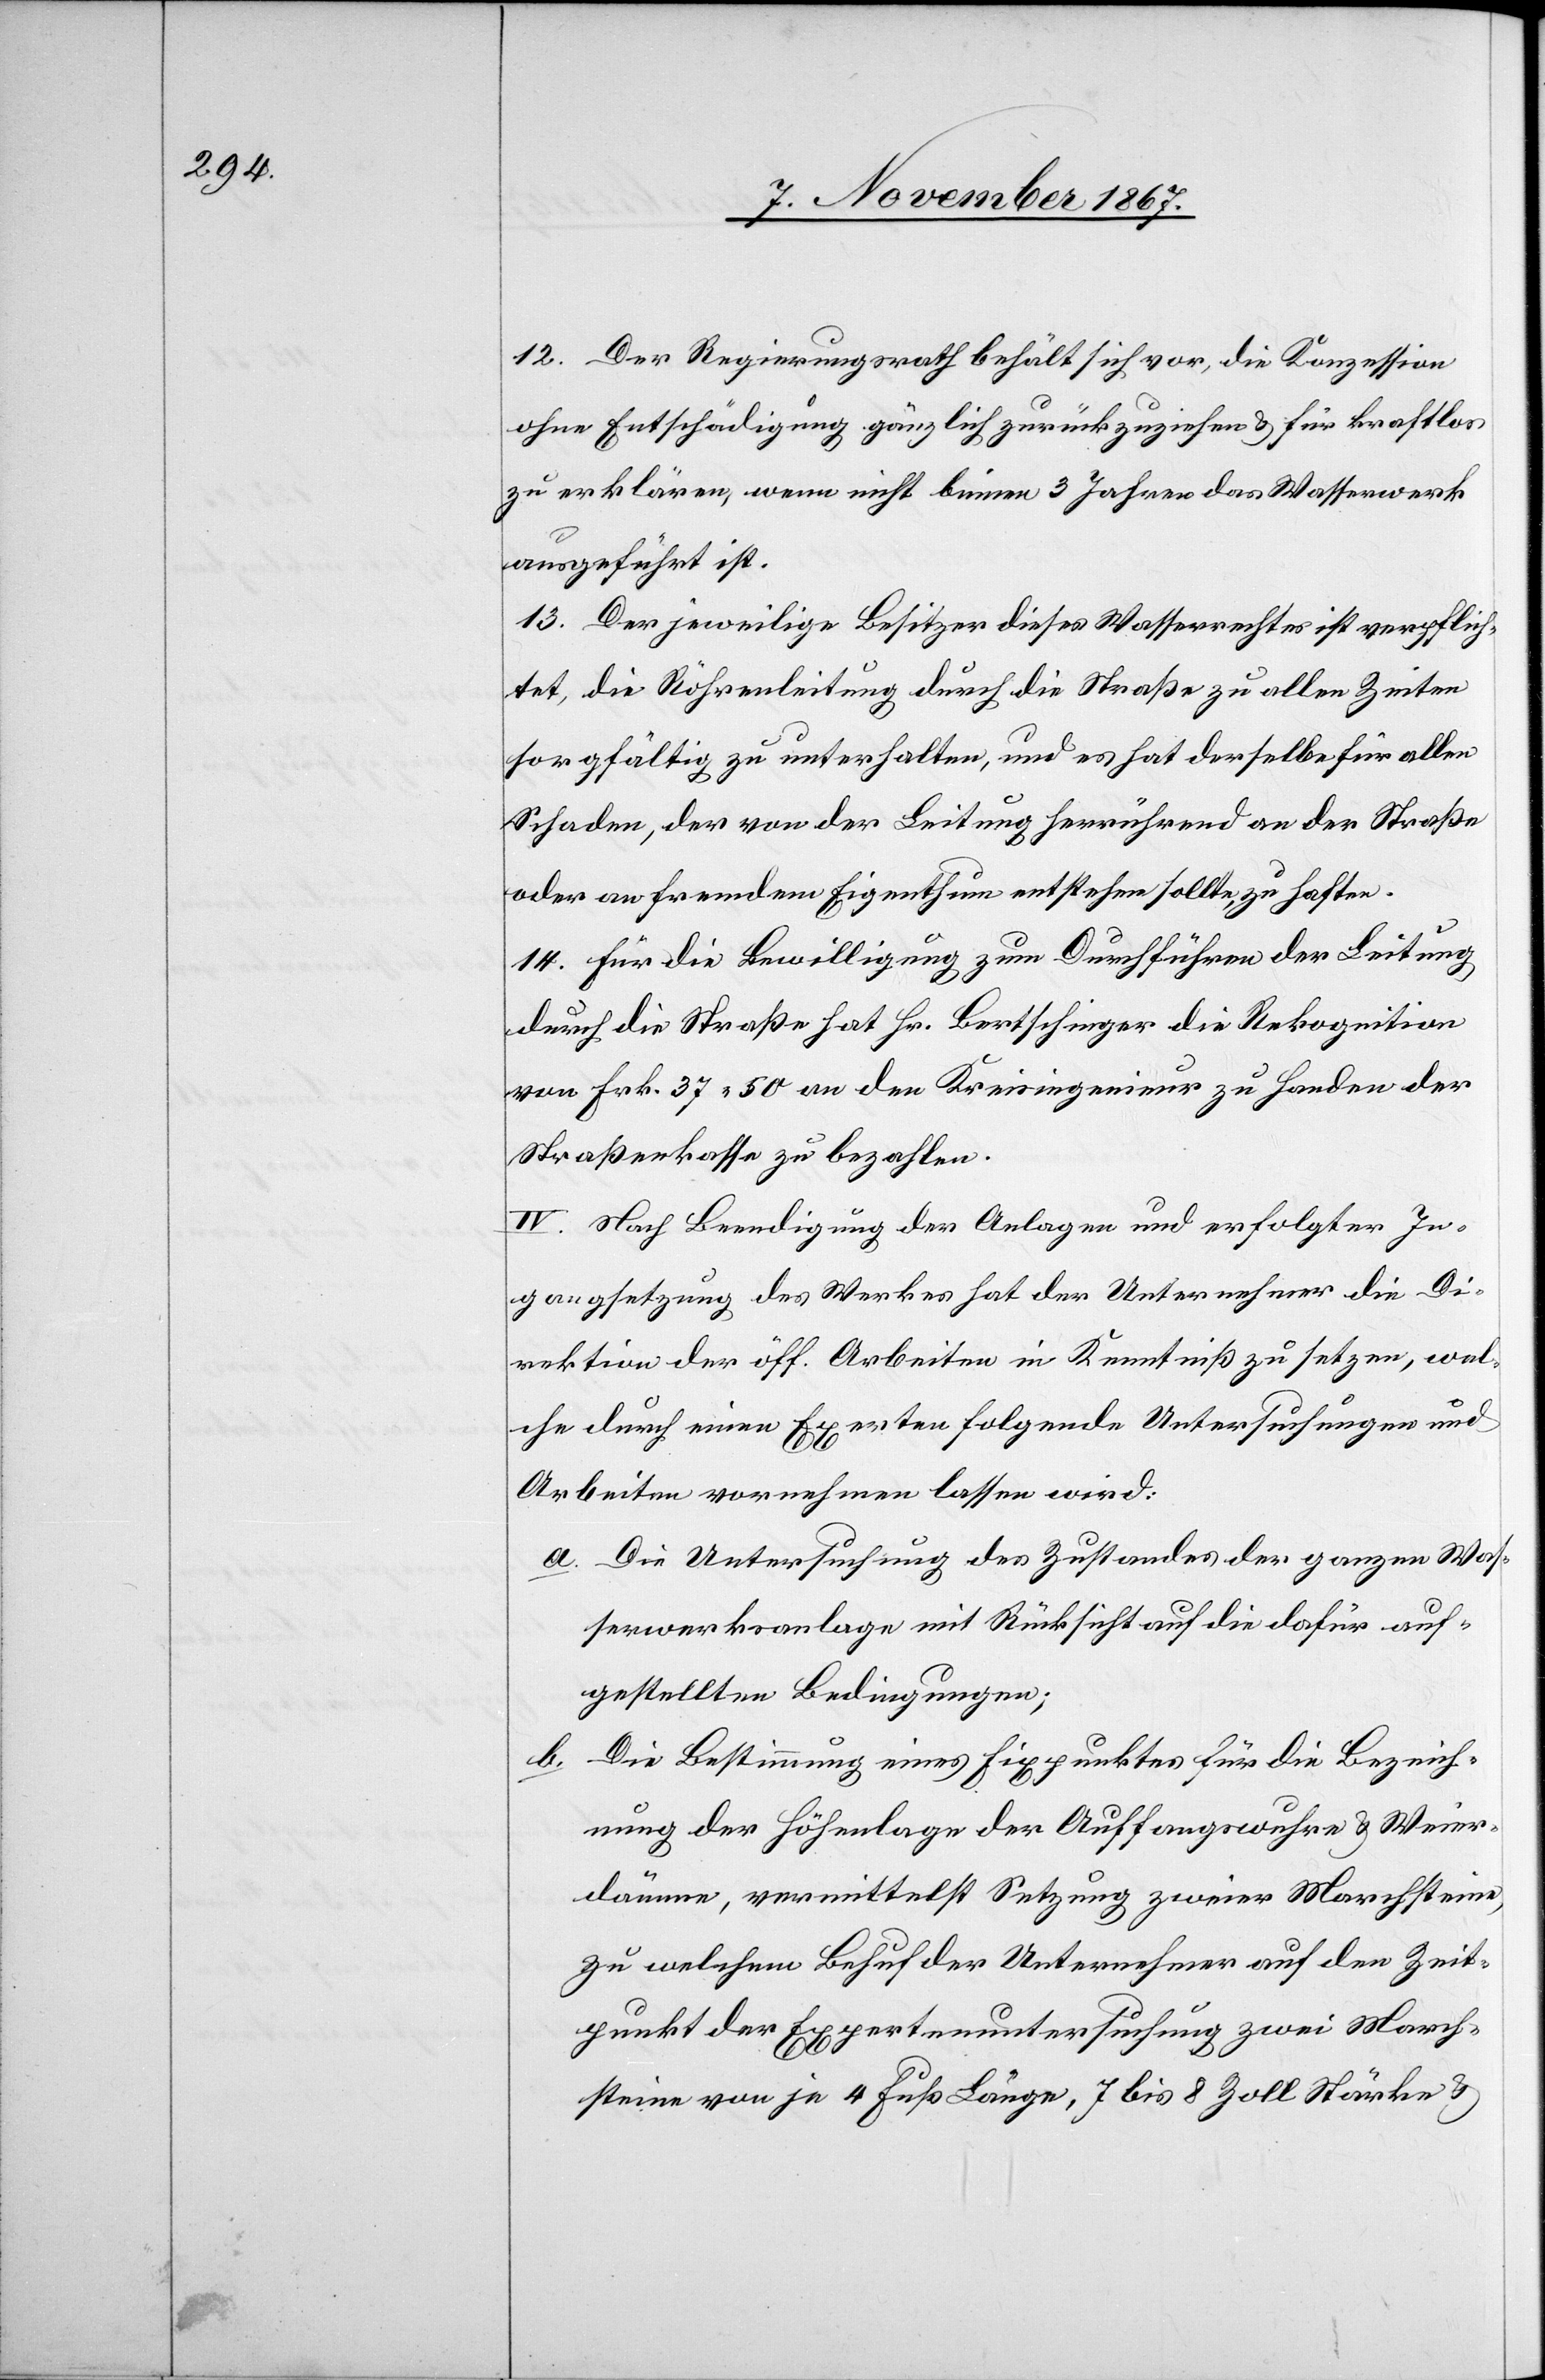
12. Der Regierungsrath behält sich vor, die Konzession
ohne Entschädigung gänzlich zurückzuziehen u. für kraftlos
zu erklären, wenn nicht binnen 3 Jahren das Wasserwerk
ausgeführt ist.
13. Der jeweilige Besitzer dieses Wasserrechtes ist verpflich¬
tet, die Röhrenleitung durch die Straße zu allen Zeiten
sorgfältig zu unterhalten, und es hat derselbe für allen
Schaden, der von der Leitung herrührend an der Straße
oder an fremdem Eigenthum entstehen sollte, zu haften.
14. Für die Bewilligung zum Durchführen der Leitung
durch die Straße hat Hr. Bertschinger die Rekognition
von Frk. 37.50 an den Kreisingenieur zu Handen der
Straßenkasse zu bezahlen.
IV. Nach Beendigung der Anlagen und erfolgter In¬
gangsetzung des Werkes hat der Unternehmer die Di¬
rektion der öff. Arbeiten in Kenntniß zu setzen, wel¬
che durch einen Experten folgende Untersuchungen und
Arbeiten vornehmen lassen wird:
a. Die Untersuchung des Zustandes der ganzen Was¬
serwerksanlage mit Rücksicht auf die dafür auf¬
gestellten Bedingungen;
b. Die Bestimmung eines Fixpunktes für die Bezeich¬
nung der Höhenlage der Auffangswuhre u. Weier¬
dämme, vermittelst Setzung zweier Marchsteine,
zu welchem Behuf der Unternehmer auf den Zeit¬
punkt der Expertenuntersuchung zwei March¬
steine von je 4 Fuß Länge, 7 bis 8 Zoll Stärke u.